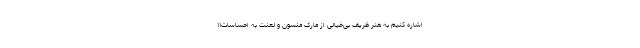
اشاره کنیم به هنر ظریف بی‌خیالی از مارک منسون و لعنت به احساسات۱۱